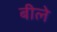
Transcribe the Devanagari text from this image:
बीले